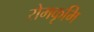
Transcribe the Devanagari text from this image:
रोमकृमि